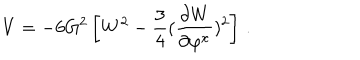
LaTeX: V = - 6 G ^ { 2 } \left[ W ^ { 2 } - \frac 3 4 ( { \frac { \partial W } { \partial \varphi ^ { x } } } ) ^ { 2 } \right] \, .